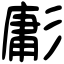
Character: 㣑